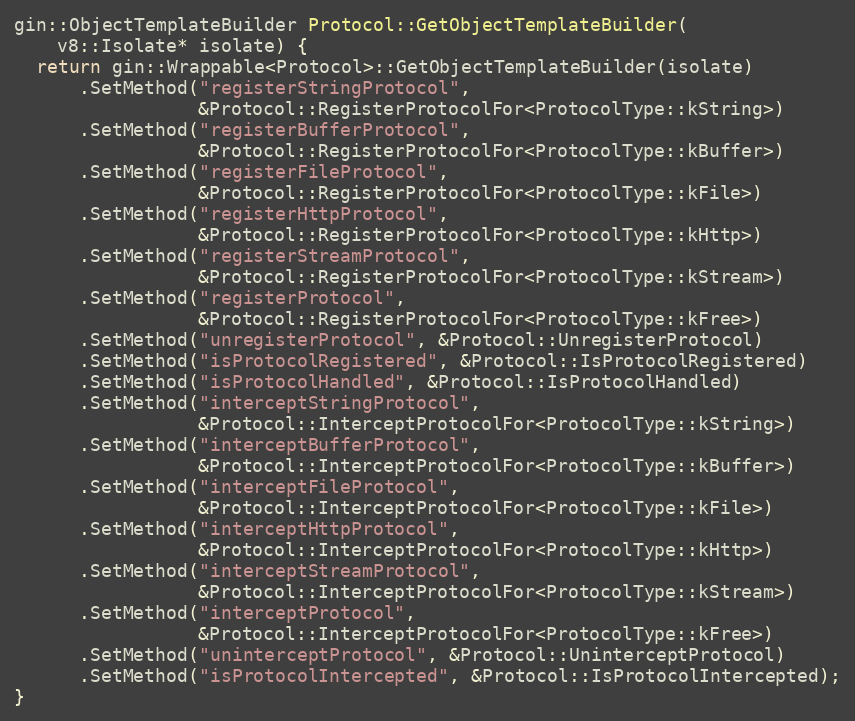
Language: C++
gin::ObjectTemplateBuilder Protocol::GetObjectTemplateBuilder(
    v8::Isolate* isolate) {
  return gin::Wrappable<Protocol>::GetObjectTemplateBuilder(isolate)
      .SetMethod("registerStringProtocol",
                 &Protocol::RegisterProtocolFor<ProtocolType::kString>)
      .SetMethod("registerBufferProtocol",
                 &Protocol::RegisterProtocolFor<ProtocolType::kBuffer>)
      .SetMethod("registerFileProtocol",
                 &Protocol::RegisterProtocolFor<ProtocolType::kFile>)
      .SetMethod("registerHttpProtocol",
                 &Protocol::RegisterProtocolFor<ProtocolType::kHttp>)
      .SetMethod("registerStreamProtocol",
                 &Protocol::RegisterProtocolFor<ProtocolType::kStream>)
      .SetMethod("registerProtocol",
                 &Protocol::RegisterProtocolFor<ProtocolType::kFree>)
      .SetMethod("unregisterProtocol", &Protocol::UnregisterProtocol)
      .SetMethod("isProtocolRegistered", &Protocol::IsProtocolRegistered)
      .SetMethod("isProtocolHandled", &Protocol::IsProtocolHandled)
      .SetMethod("interceptStringProtocol",
                 &Protocol::InterceptProtocolFor<ProtocolType::kString>)
      .SetMethod("interceptBufferProtocol",
                 &Protocol::InterceptProtocolFor<ProtocolType::kBuffer>)
      .SetMethod("interceptFileProtocol",
                 &Protocol::InterceptProtocolFor<ProtocolType::kFile>)
      .SetMethod("interceptHttpProtocol",
                 &Protocol::InterceptProtocolFor<ProtocolType::kHttp>)
      .SetMethod("interceptStreamProtocol",
                 &Protocol::InterceptProtocolFor<ProtocolType::kStream>)
      .SetMethod("interceptProtocol",
                 &Protocol::InterceptProtocolFor<ProtocolType::kFree>)
      .SetMethod("uninterceptProtocol", &Protocol::UninterceptProtocol)
      .SetMethod("isProtocolIntercepted", &Protocol::IsProtocolIntercepted);
}